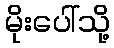
မိုးပေါ်သို့